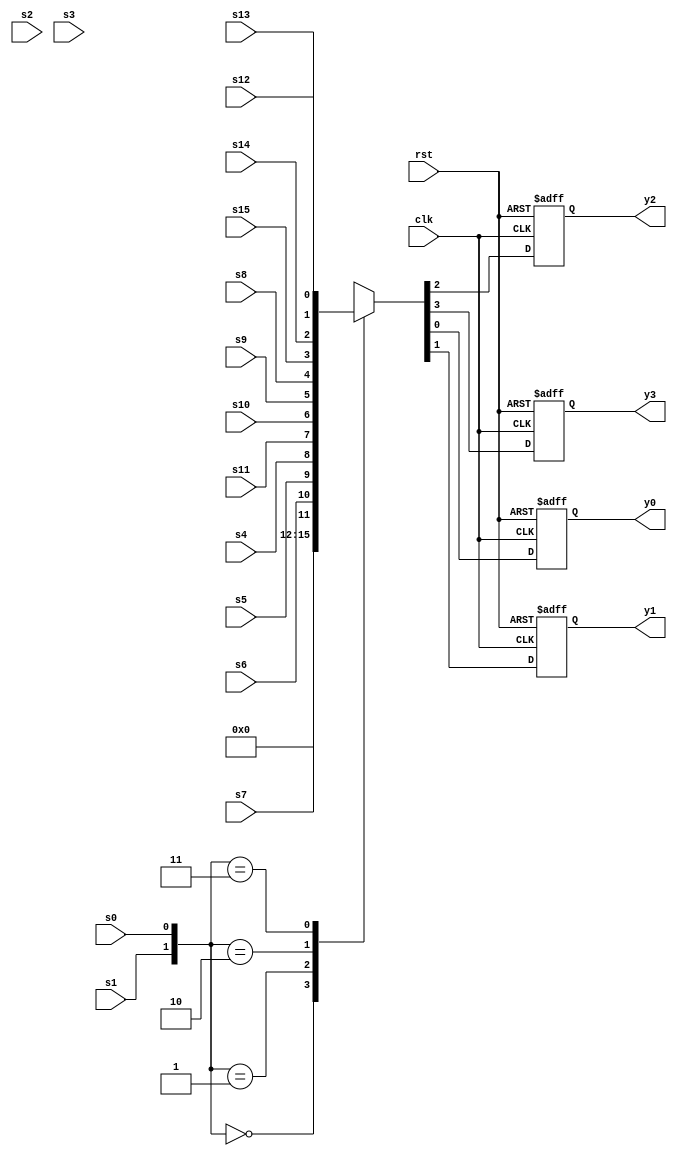
`timescale 1ns / 1ps
//////////////////////////////////////////////////////////////////////////////////
// Company: 
// Engineer: 
// 
// Design Name: 
// Module Name: swich
// Project Name: 
// Target Devices: 
// Tool Versions: 
// Description: 
// 
// Dependencies: 
// 
// Revision:
// Revision 0.01 - File Created
// Additional Comments:
// 
//////////////////////////////////////////////////////////////////////////////////


module swich_1(clk, rst, s0,s1,s2,s3,s4,s5,s6,s7,s8,s9,s10,s11,s12,s13,s14,s15, y0, y1, y2, y3);
    input   clk, rst; 
    input   s0,s1,s2,s3,s4,s5,s6,s7,s8,s9,s10,s11,s12,s13,s14,s15;
    output reg y0, y1, y2, y3;
        
    always@(posedge clk or negedge rst)
        begin
            if(!rst)
                begin
                    {y3,y2,y1,y0}<=4'b0000;
                 end
            else
                begin
                    case({s1,s0})
                        2'b00:{y3,y2,y1,y0}<=4'b0000;
                        2'b01:{y3,y2,y1,y0}<={s7,s6,s5,s4};
                        2'b10:{y3,y2,y1,y0}<={s11,s10,s9,s8};
                        2'b11:{y3,y2,y1,y0}<={s15,s14,s13,s12};
                    endcase
                end
        end
endmodule